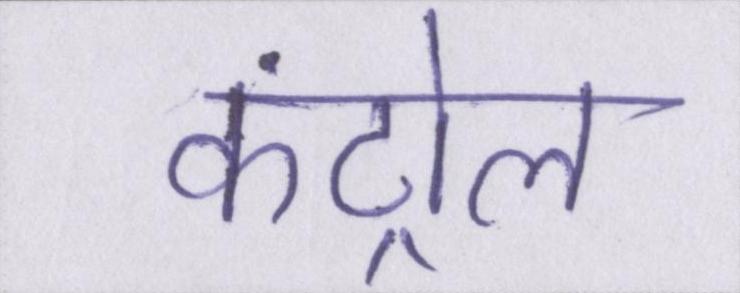
कंट्रोल